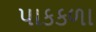
પાકકળા